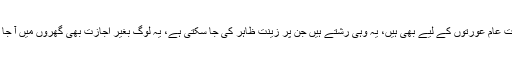
یہی احکامات عام عورتوں کے لیے بھی ہیں، یہ وہی رشتے ہیں جن پر زینت ظاہر کی جا سکتی ہے، یہ لوگ بغیر اجازت بھی گھروں میں آ جا سکتے ہیں۔